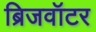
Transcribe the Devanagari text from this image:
ब्रिजवॉटर